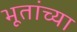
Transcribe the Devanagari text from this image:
भूतांच्या